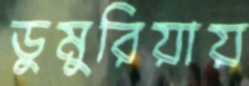
ডুমুরিয়ায়